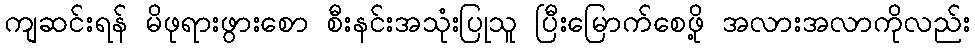
ကျဆင်းရန် မိဖုရားဖွားစော စီးနင်းအသုံးပြုသူ ပြီးမြောက်စေဖို့ အလားအလာကိုလည်း